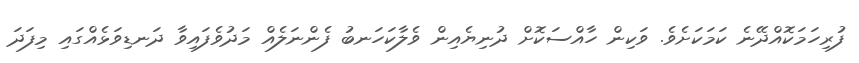
ފުރިހަމަކޮއްދޭނެ ކަމަކަށެވެ. ވަކިން ހާއްސަކޮށް ދުނިޔެއިން ވެލާކަހަނބު ފެންނަލެއް މަދުވެފައިވާ ދަނޑިވަޅެއްގައި މިފަދަ